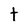
Character: t